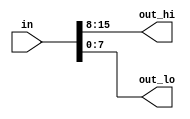
`default_nettype none     // Disable implicit nets. Reduces some types of bugs.
module top_module( 
    input wire [15:0] in,
    output wire [7:0] out_hi,
    output wire [7:0] out_lo );

    assign {out_hi,out_lo} = in;
    // Alternative implementation:
    // assign out_hi = in[15:8];
    // assign out_lo = in[7:0];    
endmodule